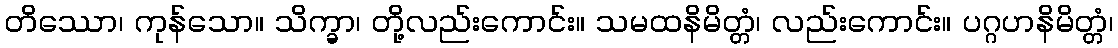
တိဿော၊ ကုန်သော။ သိက္ခာ၊ တို့လည်းကောင်း။ သမထနိမိတ္တံ၊ လည်းကောင်း။ ပဂ္ဂဟနိမိတ္တံ၊